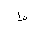
Letter: _da